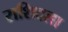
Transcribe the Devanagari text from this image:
राशिदला